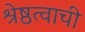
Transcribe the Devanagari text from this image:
श्रेष्ठत्वाची